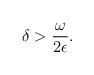
LaTeX: \begin{align*}\delta > \frac{\omega}{2\epsilon}.\end{align*}